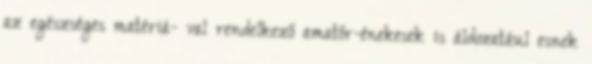
az egészséges matériá- val rendelkező amatőr-énekesek is áldozatául esnek